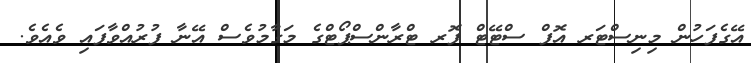
އޭގެފަހުން މިނިސްޓަރ އޮފް ސްޓޭޓް ފޮރ ޓްރާންސްޕޯޓްގެ މަގާމުވެސް އޭނާ ފުރުއްވާފައި ވެއެވެ.